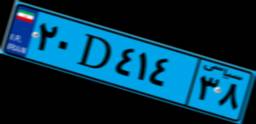
۴۲D۸۹۵۱۷